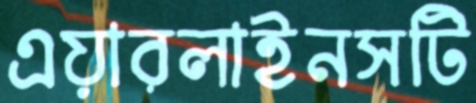
এয়ারলাইনসটি